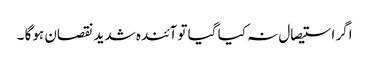
اگر استیصال نہ کیا گیا تو آئندہ شدید نقصان ہوگا ۔